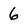
Character: 6